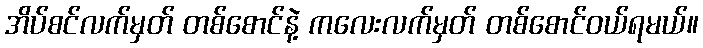
အိပ်စင်လက်မှတ် တစ်စောင်နဲ့ ကလေးလက်မှတ် တစ်စောင်ဝယ်ရမယ်။